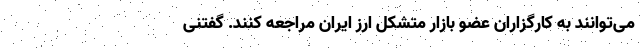
می‌توانند به کارگزاران عضو بازار متشکل ارز ایران مراجعه کنند. گفتنی